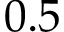
0 . 5